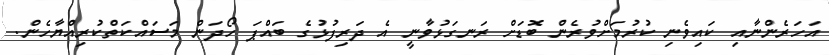
އަހަރެންނާއި ކައިވެނި ކުރުމަށްވުރެން ބޮޑަށް ރަނގަޅުވާނީ އެ ދަރިފުޅުގެ ބައްޕަ ހޯދަން މަސައްކަތްކުރިއްޔާހެން.